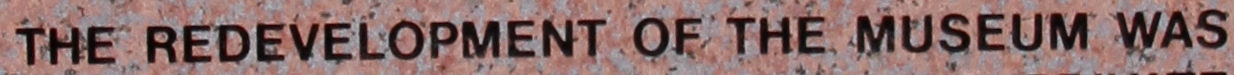
THE REDEVELOPMENT OF THE MUSEUM WAS